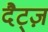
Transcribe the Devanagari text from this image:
दैट्ज़